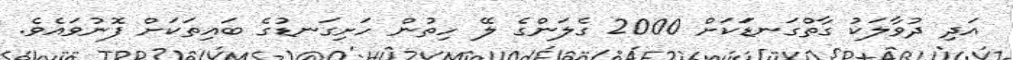
އަދި ދުވާލަކު ގާތްގަނޑަަކަށް 2000 ގެލަންގެ ލޭ ހިތުން ހަށިގަނޑުގެ ބައިތަކަށް ފޮނުވައެވެ.